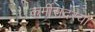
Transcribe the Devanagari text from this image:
कर्मीसदस्यों